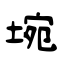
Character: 埦